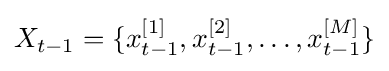
X_{t-1}=\lbrace x_{t-1}^{[1]},x_{t-1}^{[2]},\ldots ,x_{t-1}^{[M]}\rbrace